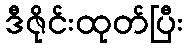
ဒီဇိုင်းထုတ်ပြီး